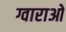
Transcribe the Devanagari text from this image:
ग्वाराओ